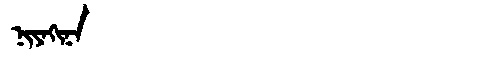
Manchu: ᠨᡳᠶᠠᡴᡳᠨᠠ
Romanization: NIYAKINA